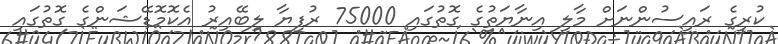
ކުރީގެ ރައީސުންނަށް މާލީ އިނާޔަތުގެ ގޮތުގައި 75000 ރުފިޔާ ލިބޭއިރު އެކޮމޮޑޭޝަންގެ ގޮތުގައި